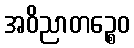
အဝိညာတဉ္စေဝ